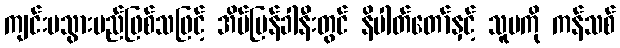
ကျင်းပသွားမည်ဖြစ်သဖြင့် အိမ်ပြန်ခါနီးတွင် နိပါတ်တော်နှင့် သူမကို ကန်သစ်